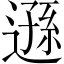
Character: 遜